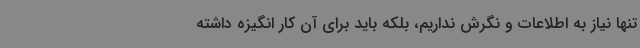
تنها نیاز به اطلاعات و نگرش نداریم، بلکه باید برای آن کار انگیزه داشته